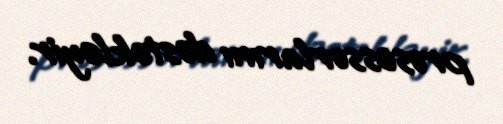
prosessorlarını dəstəkləyir.